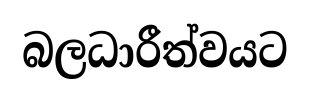
බලධාරීත්වයට